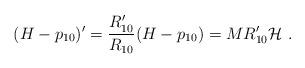
LaTeX: \begin{align*}( H - p_{10} )' = \frac{R'_{10}}{R_{10}} ( H - p_{10} )= M R'_{10} {\cal H}\ . \end{align*}